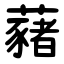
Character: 藸